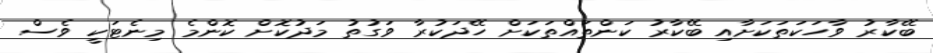
ބޭކާރު ވާހަކަތަކަށާއި ބޭކާރު ކަންތައްތަކަށް ހޭދަކުރާ ވަގުތު މަދުކޮށް ކޮންމެ މިނެޓަކީ ވެސް